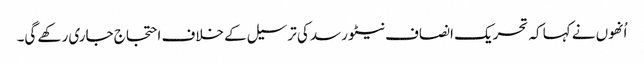
اُنھوں نے کہا کہ تحریک انصاف نیٹو رسد کی ترسیل کے خلاف احتجاج جاری رکھے گی۔